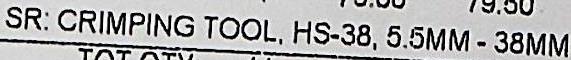
SR: CRIMPING TOOL, HS-38,5.5MM - 38MM